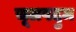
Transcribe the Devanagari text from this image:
चूलपदुम